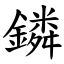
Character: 鏻